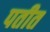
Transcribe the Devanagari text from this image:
पतीत